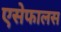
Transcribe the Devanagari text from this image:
एसेफालस